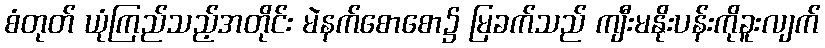
စံတုတ် ယုံကြည်သည့်အတိုင်း မဲနက်စောစော၌ မြခက်သည် ကျီးမနိုးပန်းကိုခူးလျက်